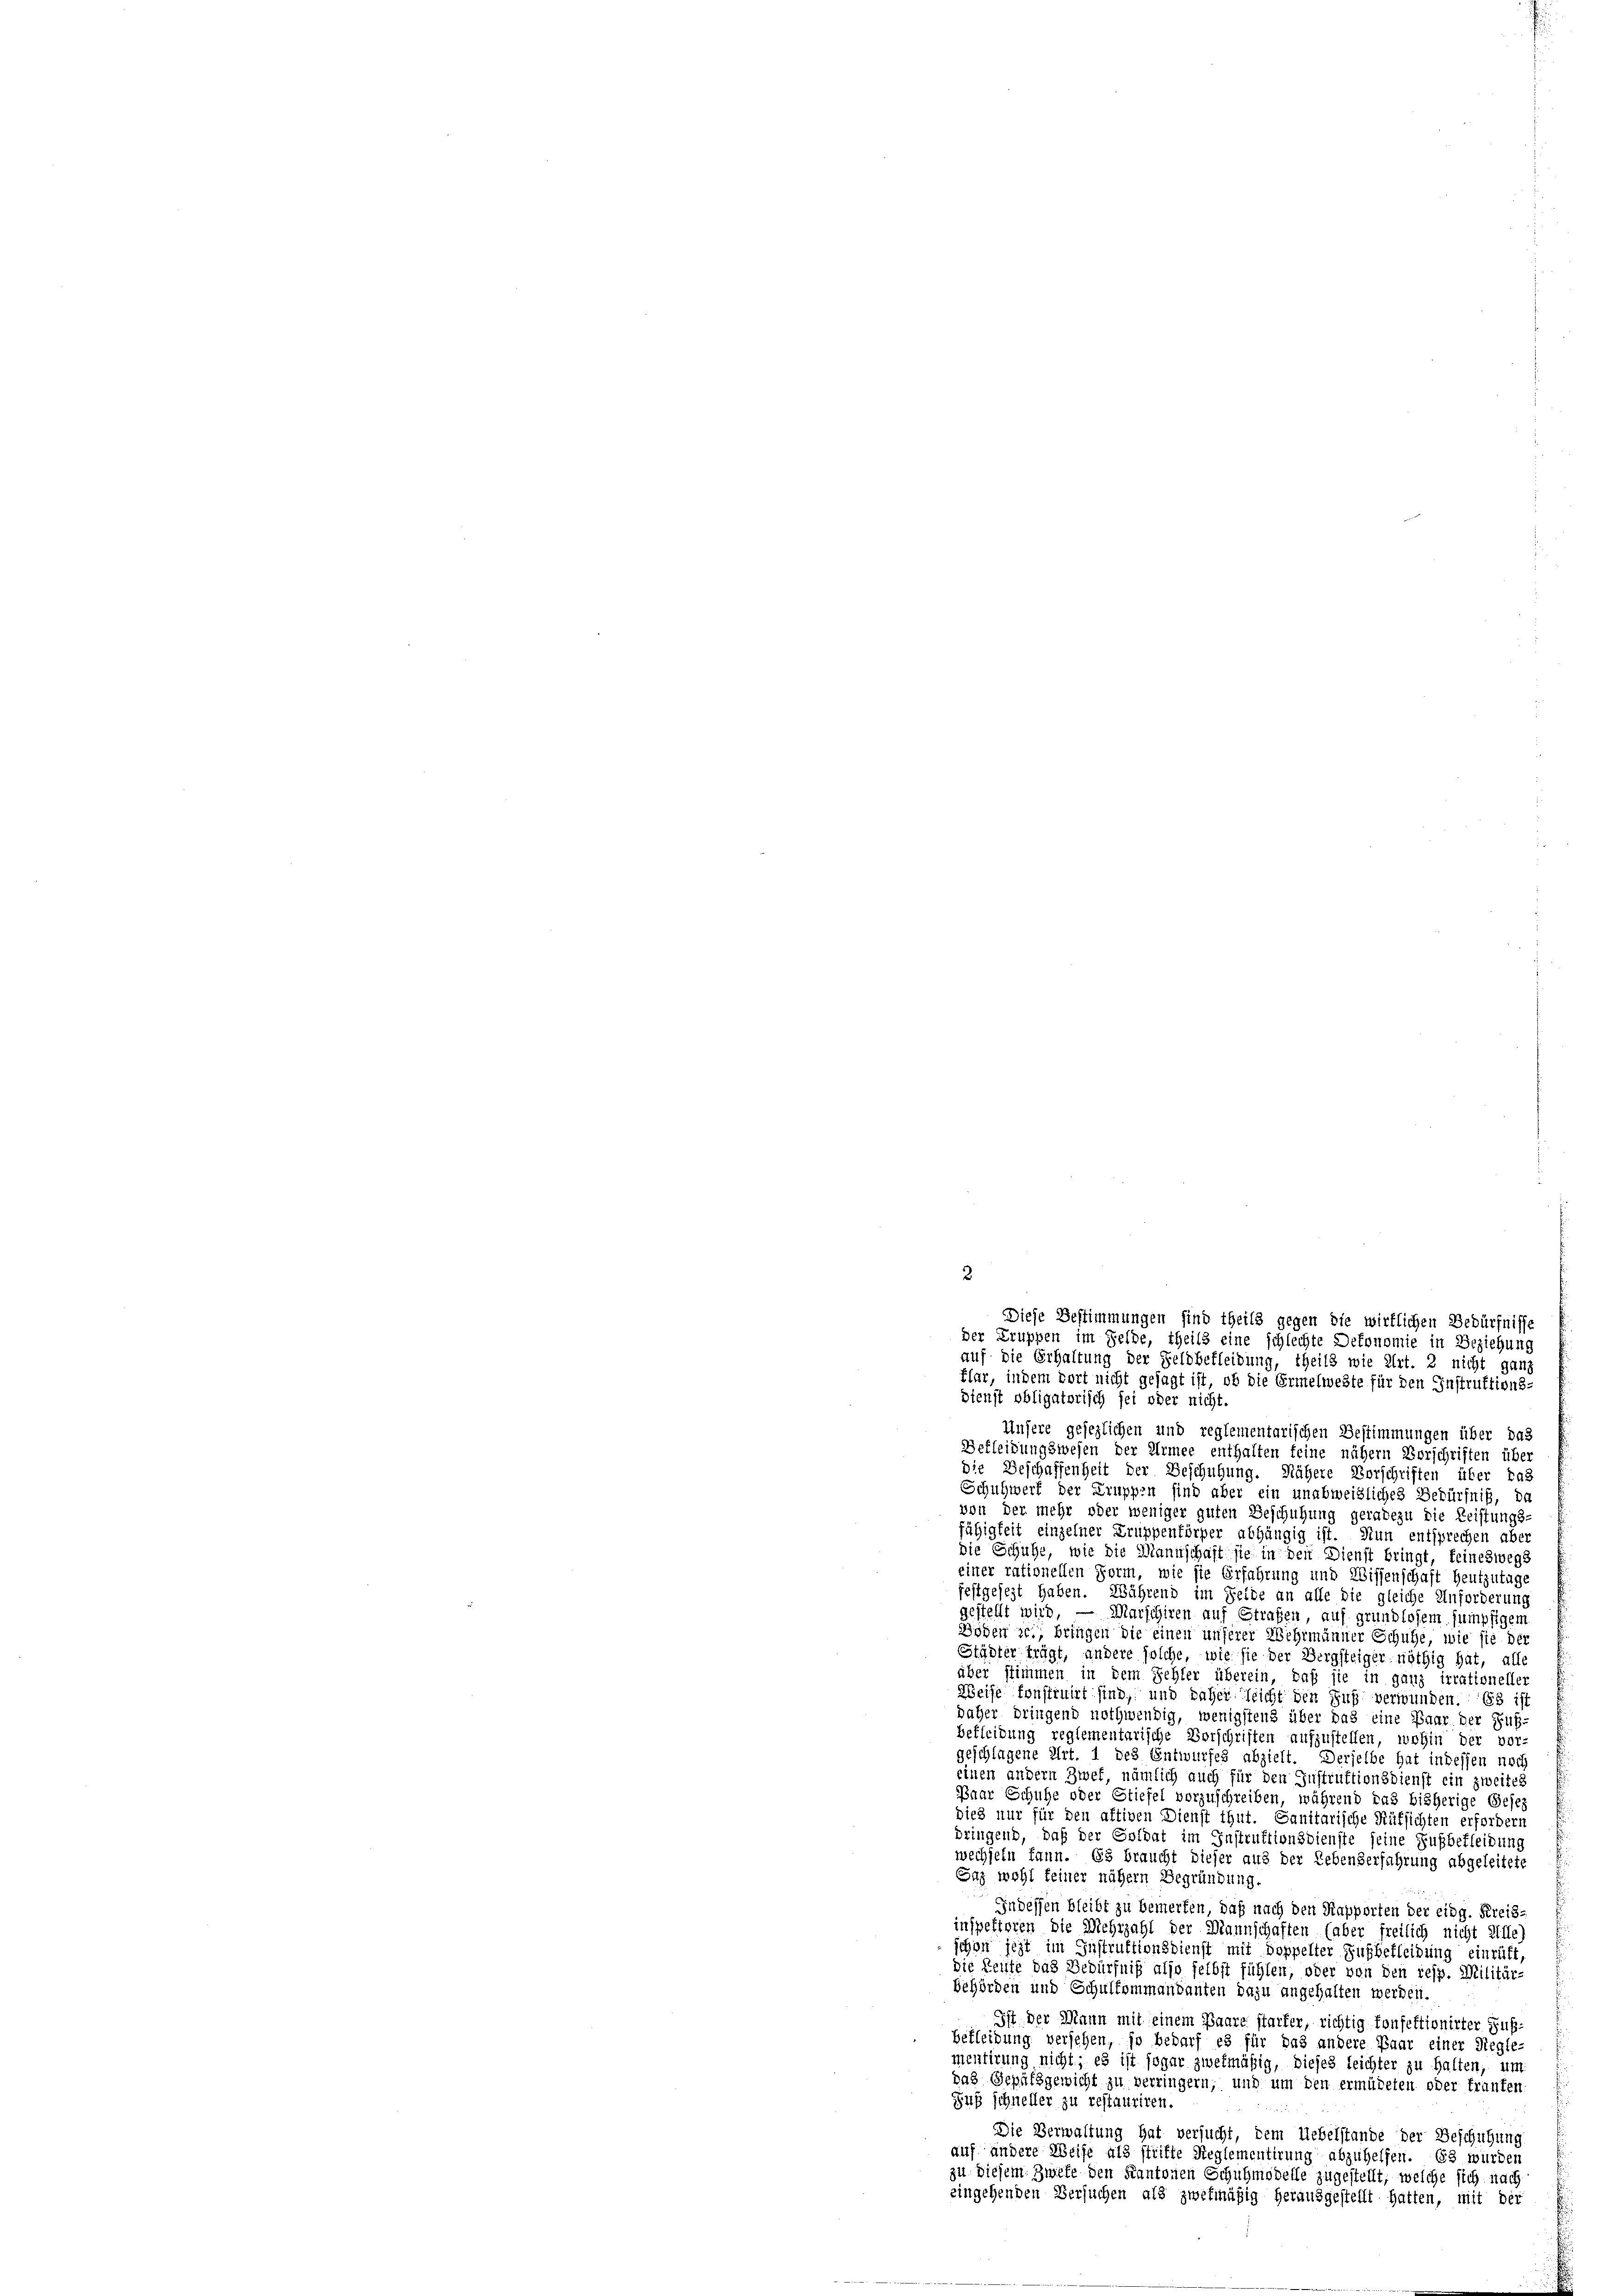
Diese Bestimmungen sind theils gegen die wirklichen Bedürfnisse
der Truppen im Felde, theils eine schlechte Dekonomie in Beziehung
auf die Erhaltung der Feldbekleidung, theils wie Art. 2 nicht ganz
flar, indem dort nicht gesagt ist, ob die Ermelweste für den Instruktions-
bienst obligatorisch sei oder nicht.
Unsere gesezlichen und reglementarischen Bestimmungen über das
Befleidungswesen der Armee enthalten feine nähern Vorschriften über
Die Beschaffenheit der Beschützung. Nähere Vorschriften über das
Schuhwerf der Truppen sind aber ein unabweisliches Bedürfniß, da
von der mehr oder weniger guten Beschützung geradezu die Leistungs-
fähigkeit einzelner Truppentörper abhängig ist. Nun entsprechen aber
die Schuhe, wie die Mannschaft sie in den Dienst bringt, feineswegs
einer rationellen Form, wie sie Erfahrung und Wissenschaft heutzutage
festgesezt haben. Während im Felde an alle die gleiche Anforderung
gestellt wird. — Marschiren auf Strafen, auf grundlosem sumpfigem
Döben sei, bringen die einen unserer Wehrmänner Schuhe, wie sie der
Städter trägt, andere solche, wie sie der Bergsteiger nöthig hat, all
über stimmen in dem Fehler überein, daß sie in ganz irrationeller
Weise konstruirt sind, und daher leicht den Fuß verwunden. Es ist
daher dringend nothwendig, wenigstens über das eine Paar der Fuß-
befleidung reglementarische Vorschriften aufzustellen, wohin der vor-
geschlagene Art. 1 des Entwurfes abzielt. Derselbe hat indessen noch
einen andern Zwet, nämlich auch für den Instruktionsdienst ein zweites
Paar Schuhe oder Stiefel vorzuschreiben, während das bisherige Gesez
dies nur für den aktiven Dienst thut. Sanitarische Rüksichten erfordern
bringend, daß der Soldat im Instruktionsdienste seine Fußbetleidung
wechseln kann. Es braucht dieser aus der Lebenserfahrung abgeleitete
Saz wohl keiner nähern Begründung.
Indessen bleibt zu bemerken, daß nach den Rapporten der eidg. Kreis-
inspektoren die Mehrzahl der Mannschaften (aber freilich nicht Ziffe)
schon jezt im Instruktionsdienst mit Doppelter Zugbefleidung einrüft,
die Zeite das Bedürfniß also selbst fühlen, oder von den resp. Militär-
behörden und Schulkommandanten dazu angehalten werden.
Ist der Mann mit einem Paare starker, richtig konfektionirter Fußbekleidung versehen, so bedarf es für das andere Paar einer Regle-
mentirung nicht; es ist sogar zwekmäßig, dieses leichter zu halten, um
das Gepäfsgewicht zu verringern, und um den ermüdeten oder franten
Suß schneller zu restauriren
Die Verwaltung hat versucht, dem Uebelstande der Beschützung
auf andere Weise als stritte Reglementirung abzuhelfen. 62 wurden
zu diesem Zweke den Kantonen Schuhmodelle zugestellt, welche sich nach
eingehenden Versuchen als zwekmäßig herausgestellt hatten, mit der

2